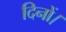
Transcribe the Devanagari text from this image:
दिनों।